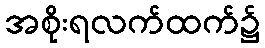
အစိုးရလက်ထက်၌